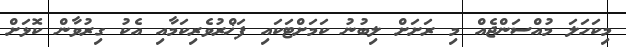
މިކަހަލަ މުއްސަންޖެއް މި ރަށަށް ލިބުނު ކަމަށްޓަކައި ފަޚްރުވެރިކަމާއި އެކު ގިރުވާން ކޮޅަށް